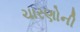
ચારણોની